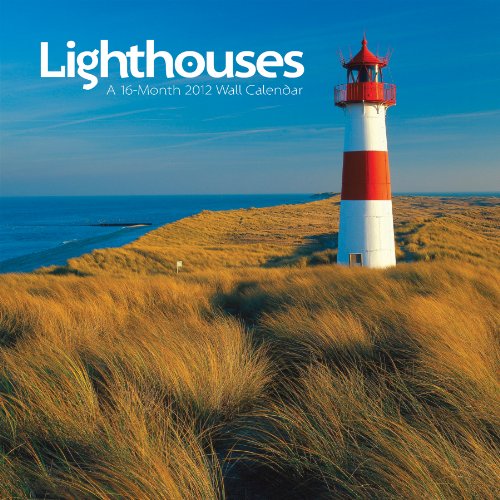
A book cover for Lighthouses 2012 Wall Calendar; DateMaker; Calendars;